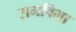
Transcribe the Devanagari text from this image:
रामविभा